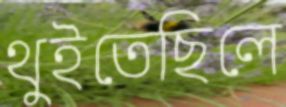
থুইতেছিলে